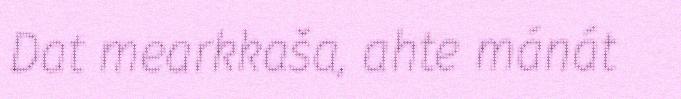
Dat mearkkaša, ahte mánát